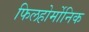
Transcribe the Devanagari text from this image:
फिलहोर्मोनिक